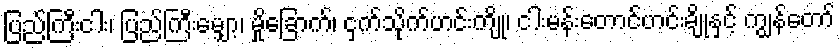
ပြည်ကြီးငါး၊ ပြည်ကြီးမျှော့၊ မှိုခြောက်၊ ငှက်သိုက်ဟင်းကျို၊ ငါးမန်းတောင်ဟင်းချိုနှင့် ကျွန်တော်